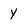
Character: Y